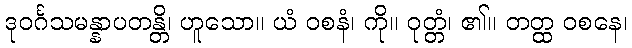
ဒုဝင်္ဂသမန္နာပတန္တိ၊ ဟူသော။ ယံ ဝစနံ၊ ကို။ ဝုတ္တံ၊ ၏။ တတ္ထ ဝစနေ၊